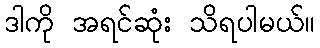
ဒါကို အရင်ဆုံး သိရပါမယ်။